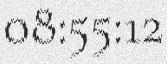
08:55:12